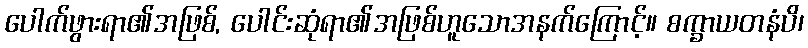
ပေါက်ဖွားရာ၏အဖြစ်, ပေါင်းဆုံရာ၏အဖြစ်ဟူသောအနက်ကြောင့်။ စက္ခာယတနံပိ၊